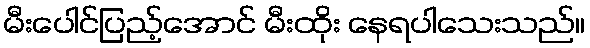
မီးပေါင်ပြည့်အောင် မီးထိုး နေရပါသေးသည်။